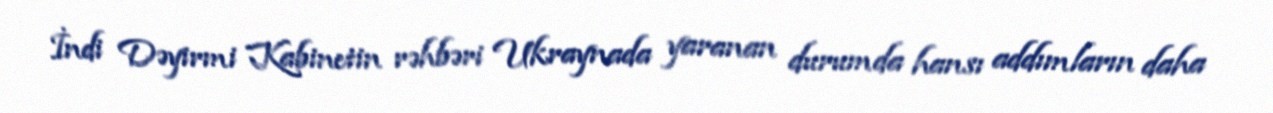
İndi Dəyirmi Kabinetin rəhbəri Ukraynada yaranan durumda hansı addımların daha